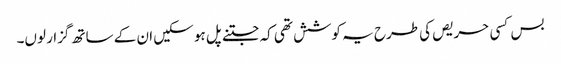
بس کسی حریص کی طرح یہ کوشش تھی کہ جتنے پل ہو سکیں ان کے ساتھ گزار لوں۔